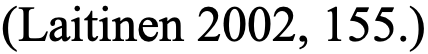
(Laitinen 2002, 155.)